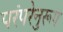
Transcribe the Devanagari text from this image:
परंपरेनुरूप